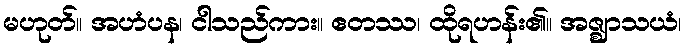
မဟုတ်။ အဟံပန၊ ငါသည်ကား။ ဧတဿ၊ ထိုရဟန်း၏။ အဇ္ဈာသယံ၊